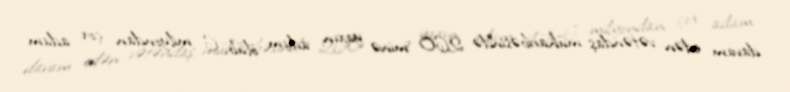
davam edən vətəndaş müharibəsində 260 minə yaxın adam ölüb, 6 milyondan çox adam